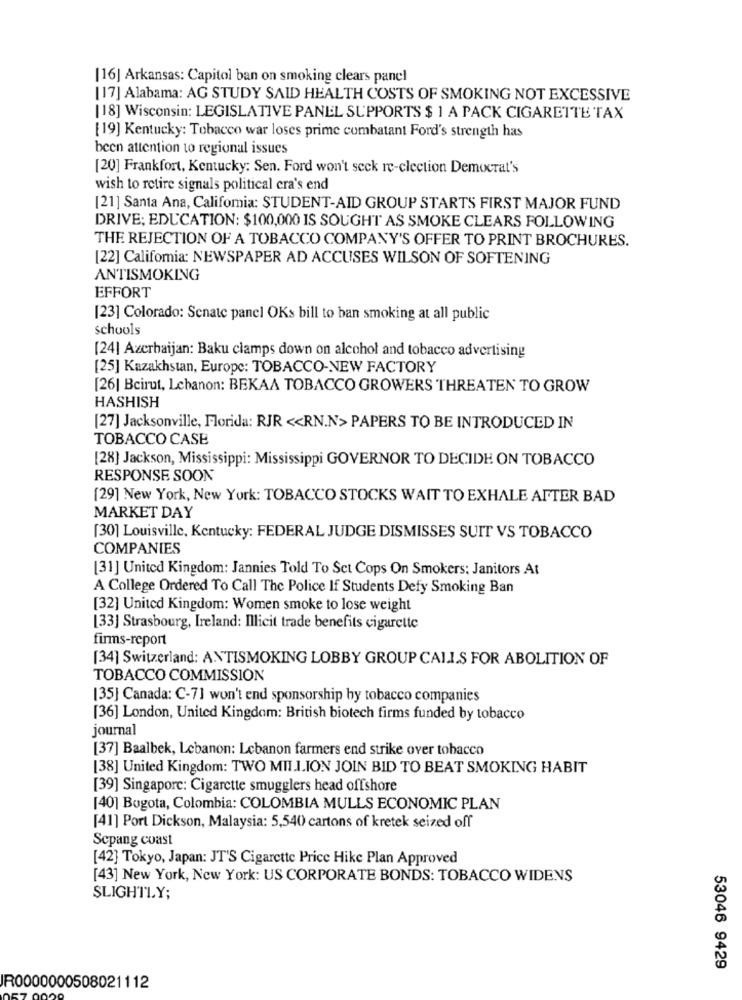
[16] Arkansas: Capitol ban on smoking clears panel
[17] Alabama: AG STUDY SAID HEALTH COSTS OF SMOKING NOT EXCESSIVE
[18] Wisconsin: LEGISLATIVE PANEL SUPPORTS $ 1 A PACK CIGARETTE TAX
[19] Kentucky: Tobacco war loses prime combatant Ford's strength has
been attention to regional issues
[20] Frankfort, Kentucky: Sen. Ford won't seck re-election Democrat's
wish to retire signals political cra's end
[21] Santa Ana, Califomia: STUDENT-AID GROUP STARTS FIRST MAJOR FUND
DRIVE; EDUCATION: $100,000 IS SOUGHT AS SMOKE CLEARS FOLLOWING
THE REJECTION OF A TOBACCO COMPANY'S OFFER TO PRINT BROCHURES.
[22] Califomia: NEWSPAPER AD ACCUSES WILSON OF SOFTENING
ANTISMOKING
EFFORT
[23] Colorado: Senate panel OKs bill to ban smoking at all public
schools
[24] Azerbaijan: Baku clamps down on alcohol and tobacco advertising
[25] Kazakhstan, Europe: TOBACCO-NEW FACTORY
[26] Beirut, Lebanon: BEKAA TOBACCO GROWERS THREATEN TO GROW
HASHISH
[27] Jacksonville, Florida: RJR << RN.N> PAPERS TO BE INTRODUCED IN
TOBACCO CASE
[28] Jackson, Mississippi: Mississippi GOVERNOR TO DECIDE ON TOBACCO
RESPONSE SOON
[29] New York, New York: TOBACCO STOCKS WAIT TO EXHALE AFTER BAD
MARKET DAY
[30] Louisville, Kentucky: FEDERAL JUDGE DISMISSES SUIT VS TOBACCO
COMPANIES
[31] United Kingdom: Jannies Told To Set Cops On Smokers: Janitors At
A College Ordered To Call The Police If Students Defy Smoking Ban
[32] United Kingdom: Women smoke to lose weight
[33] Strasbourg, Ireland: Illicit trade benefits cigarette
firms-report
[34] Switzerland: ANTISMOKING LOBBY GROUP CALLS FOR ABOLITION OF
TOBACCO COMMISSION
[35] Canada: C-7] won't end sponsorship by tobacco companies
[36] London, United Kingdom: British biotech firms funded by tobacco
journal
[37] Baalbek, Lebanon: Lebanon farmers end strike over tobacco
[38] United Kingdom: TWO MILLION JOIN BID TO BEAT SMOKING HABIT
[39] Singapore: Cigarette smugglers head offshore
[40] Bogota, Colombia: COLOMBIA MULLS ECONOMIC PLAN
[41] Port Dickson, Malaysia: 5,540 cartons of kretek seized off
Sepang coast
[42] Tokyo, Japan: JT'S Cigarette Price Hike Plan Approved
[43] New York, New York: US CORPORATE BONDS: TOBACCO WIDENS
SLIGHTLY;
53046 9429
IR0000000508021112